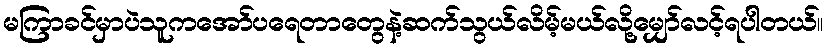
မကြာခင်မှာပဲသူကအော်ပရေတာတွေနဲ့ဆက်သွယ်လိမ့်မယ်လို့မျှော်လင့်ရပါတယ်။